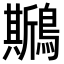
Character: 𪆁